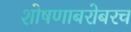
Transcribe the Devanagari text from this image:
शोषणाबरोबरच